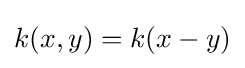
k(x,y)=k(x-y)